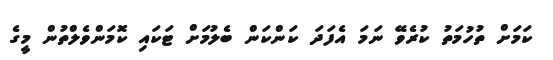
ކަމަށް ތުހުމަތު ކުރެވޭ ނަމަ އެފަދަ ކަންކަން ބެލުމަށް ޓަކައި ކޮމަންވެލްތުން މީގެ